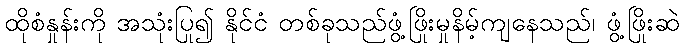
ထိုစံနှုန်းကို အသုံးပြု၍ နိုင်ငံ တစ်ခုသည်ဖွံ့ဖြိုးမှုနိမ့်ကျနေသည်၊ ဖွံ့ဖြိုးဆဲ